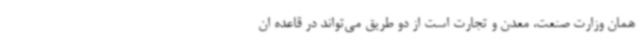
همان وزارت صنعت، معدن و تجارت است از دو طریق می‌تواند در قاعده ان